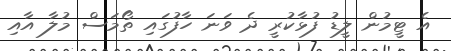
އެ ޓީމުން ލީޑު ފުޅާކުރީ ދެ ވަނަ ހާފުގައި ތޯމަސް މުލާ އާއި